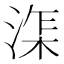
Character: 𰜘